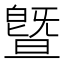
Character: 曁